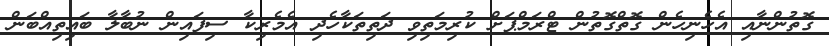
ގޮތުންނާއި އެހެނިހެން ގޮތްގޮތުން ޓްރަމްޕަށް ކުރިމަތިވި ދަތިތަކާހެދި އެމެރިކާ ސިފައިން ނުބާލާ ބައިތިއްބަން